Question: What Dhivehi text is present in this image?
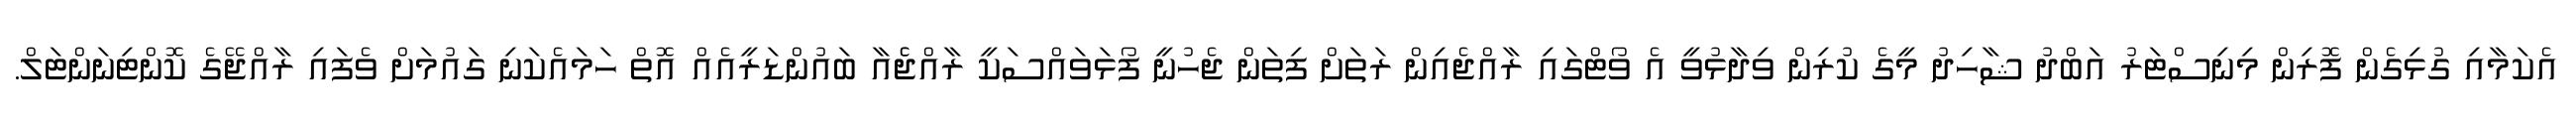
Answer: އެކަމާއި ގުޅިގެން ފޮރިން މިނިސްޓަރު އަބްދު ޝާހިދު މީގެ ކުރިން ވިދާޅުވީ އެ ވޯޓްގައި ރާއްޖެއިން ރަތަށް ފިތަން ޖެހުނީ ފޯޅަވައްސަކީ ރާއްޖެެއާ ބައުންޑަރީއެއް އޮތް ހަމައެކަނި ގައުމަށް ވެފައި ރާއްޖޭގެ ކޮންޓިނަންޓަލް.